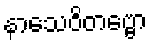
နာသေဝိတဗ္ဗော